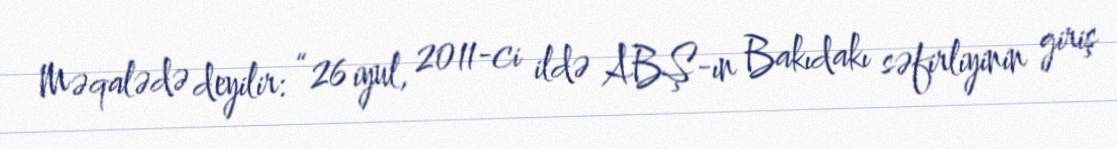
Məqalədə deyilir: “26 iyul, 2011-ci ildə ABŞ-ın Bakıdakı səfirliyinin giriş